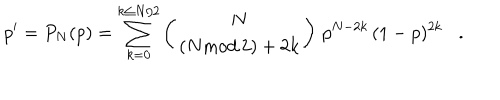
p ^ { \prime } = P _ { N } ( p ) = \sum _ { k = 0 } ^ { k \le N / 2 } \left( \begin{array} { c } { { N } } \\ { { ( N \mathrm { m o d } \, 2 ) + 2 k } } \\ \end{array} \right) \, p ^ { N - 2 k } \, ( 1 - p ) ^ { 2 k } \, \, \, \, \, . \, \, \, \, \,